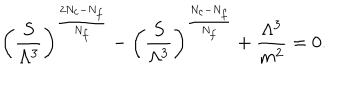
\biggl ( \frac { S } { \Lambda ^ { 3 } } \biggr ) ^ { \frac { 2 N _ { c } - N _ { f } } { N _ { f } } } - \biggl ( \frac { S } { \Lambda ^ { 3 } } \biggr ) ^ { \frac { N _ { c } - N _ { f } } { N _ { f } } } + \frac { \Lambda ^ { 3 } } { m ^ { 2 } } = 0 .